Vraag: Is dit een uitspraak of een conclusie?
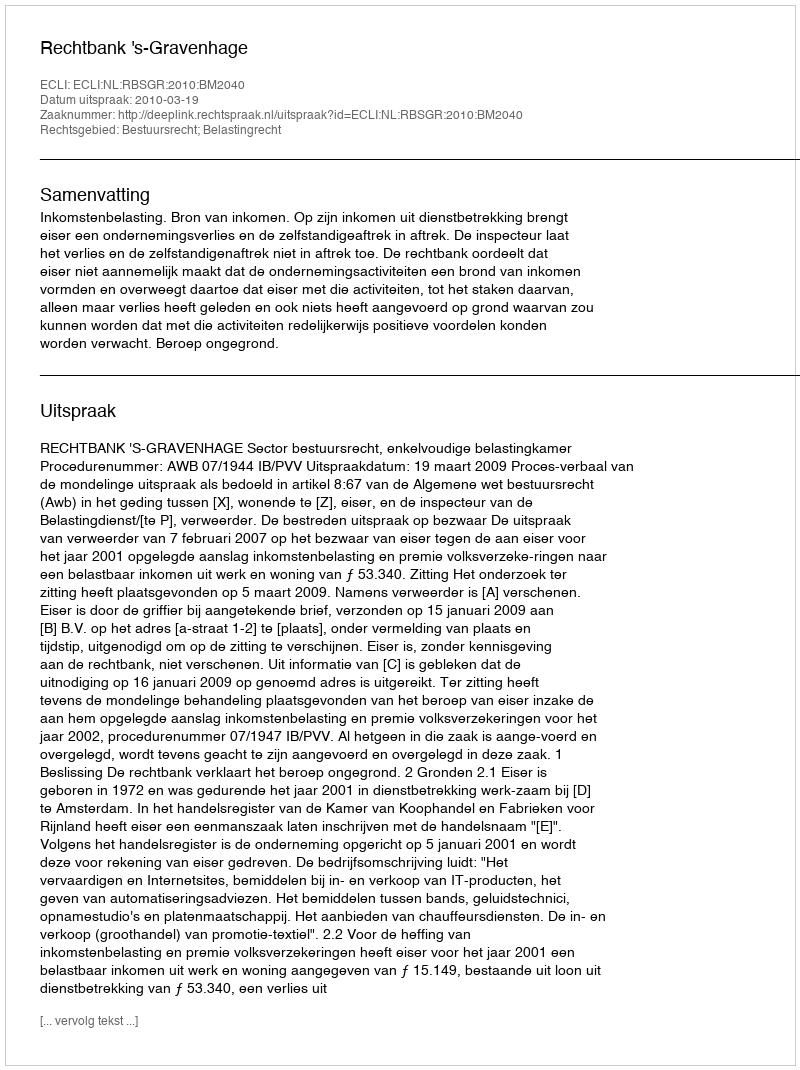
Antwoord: Uitspraak